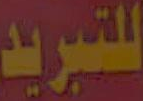
للتبريد